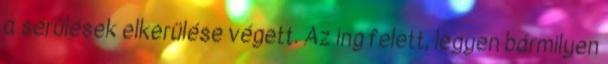
a sérülések elkerülése végett. Az ing felett, legyen bármilyen